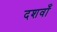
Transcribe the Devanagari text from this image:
दशवाँ